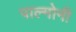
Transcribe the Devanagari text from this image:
पाल्मोनी